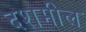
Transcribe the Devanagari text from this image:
दशमील